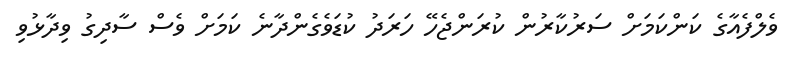
ވެލްފެއާގެ ކަންކަމަށް ސަރުކާރުން ކުރަންޖެހޭ ހަރަދު ކުޑަވެގެންދާނެ ކަމަށް ވެސް ސާދިގު ވިދާޅުވި